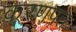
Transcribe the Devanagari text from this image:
करणपत